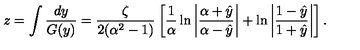
z = \int \frac { d y } { G ( y ) } = \frac { \zeta } { 2 ( \alpha ^ { 2 } - 1 ) } \left[ \frac { 1 } { \alpha } \ln \left| \frac { \alpha + \hat { y } } { \alpha - \hat { y } } \right| + \ln \left| \frac { 1 - \hat { y } } { 1 + \hat { y } } \right| \right] .